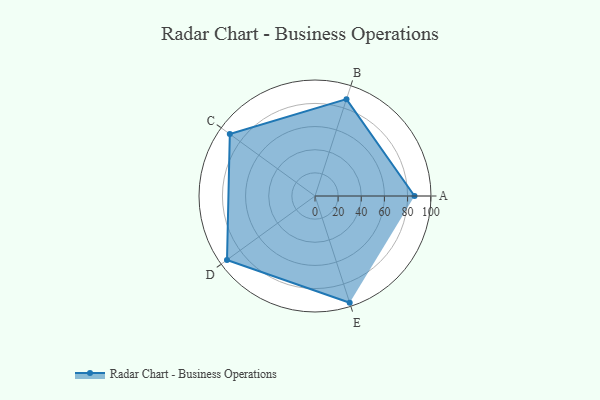
{"axis": {"x": "Skill", "y": "Score"}, "legend": ["Profile"], "data": [{"x": "A", "y": 86.0, "type": "Profile"}, {"x": "B", "y": 88.0, "type": "Profile"}, {"x": "C", "y": 91.0, "type": "Profile"}, {"x": "D", "y": 94.0, "type": "Profile"}, {"x": "E", "y": 97.0, "type": "Profile"}]}